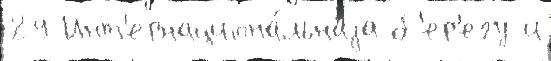
29 Инт'ернациона́льнаjа б'ер'егу и